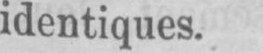
identiques.